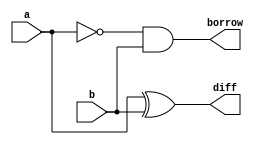
`timescale 1ns / 1ps
//////////////////////////////////////////////////////////////////////////////////
// Company: 
// Engineer: 
// 
// Design Name: 
// Module Name: halfsub
// Project Name: 
// Target Devices: 
// Tool Versions: 
// Description: 
// 
// Dependencies: 
// 
// Revision:
// Revision 0.01 - File Created
// Additional Comments:
// 
//////////////////////////////////////////////////////////////////////////////////


module halfsub(
input a,b, 
  output diff,borrow
    );
    assign diff = a^b;  
    assign borrow= (~a) & b;
    
endmodule